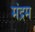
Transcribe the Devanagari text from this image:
मंद्रम